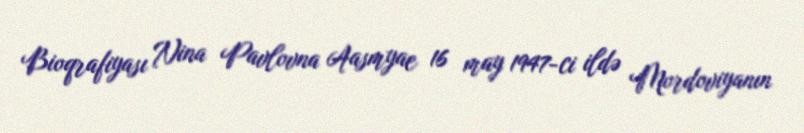
Bioqrafiyası Nina Pavlovna Aasmyae 16 may 1947-ci ildə Mordoviyanın